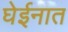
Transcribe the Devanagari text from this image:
घेईनात